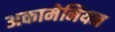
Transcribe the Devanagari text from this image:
अकामेनियन